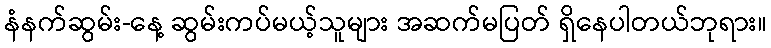
နံနက်ဆွမ်း-နေ့ ဆွမ်းကပ်မယ့်သူများ အဆက်မပြတ် ရှိနေပါတယ်ဘုရား။